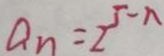
a _ { n } = 2 ^ { 5 - n }